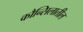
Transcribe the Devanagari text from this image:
कौन्सिलातील